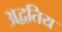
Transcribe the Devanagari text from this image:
अद्वतिय